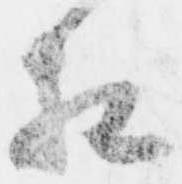
相